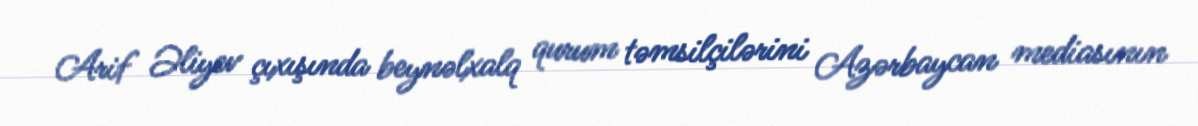
Arif Əliyev çıxışında beynəlxalq qurum təmsilçilərini Azərbaycan mediasının